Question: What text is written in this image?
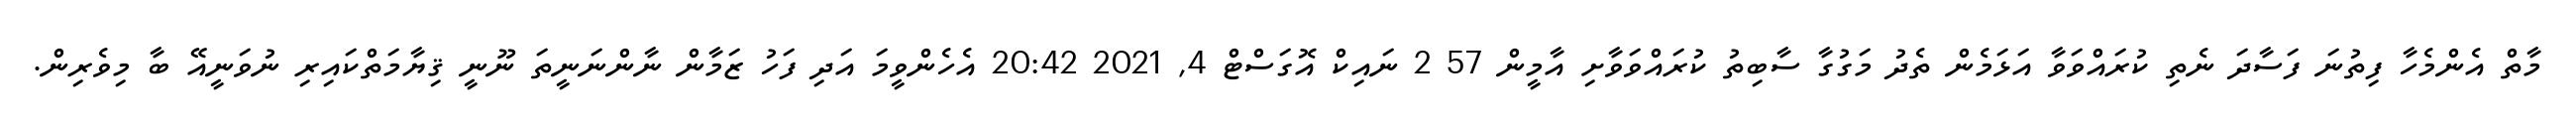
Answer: މާތް އެންމެހާ ފިތުނަ ފަސާދަ ނެތި ކުރައްވަވާ އަޅަމެން ތެދު މަގުގާ ސާބިތު ކުރައްވަވާށި އާމީން 57 2 ނައިކް އޮގަސްޓް 4, 2021 20:42 އެހެންވީމަ އަދި ފަހު ޒަމާން ނާންނަނީތަ ނޫނީ ޤިޔާމަތްކައިރި ނުވަނީއޭ ބާ މިވެރިން.